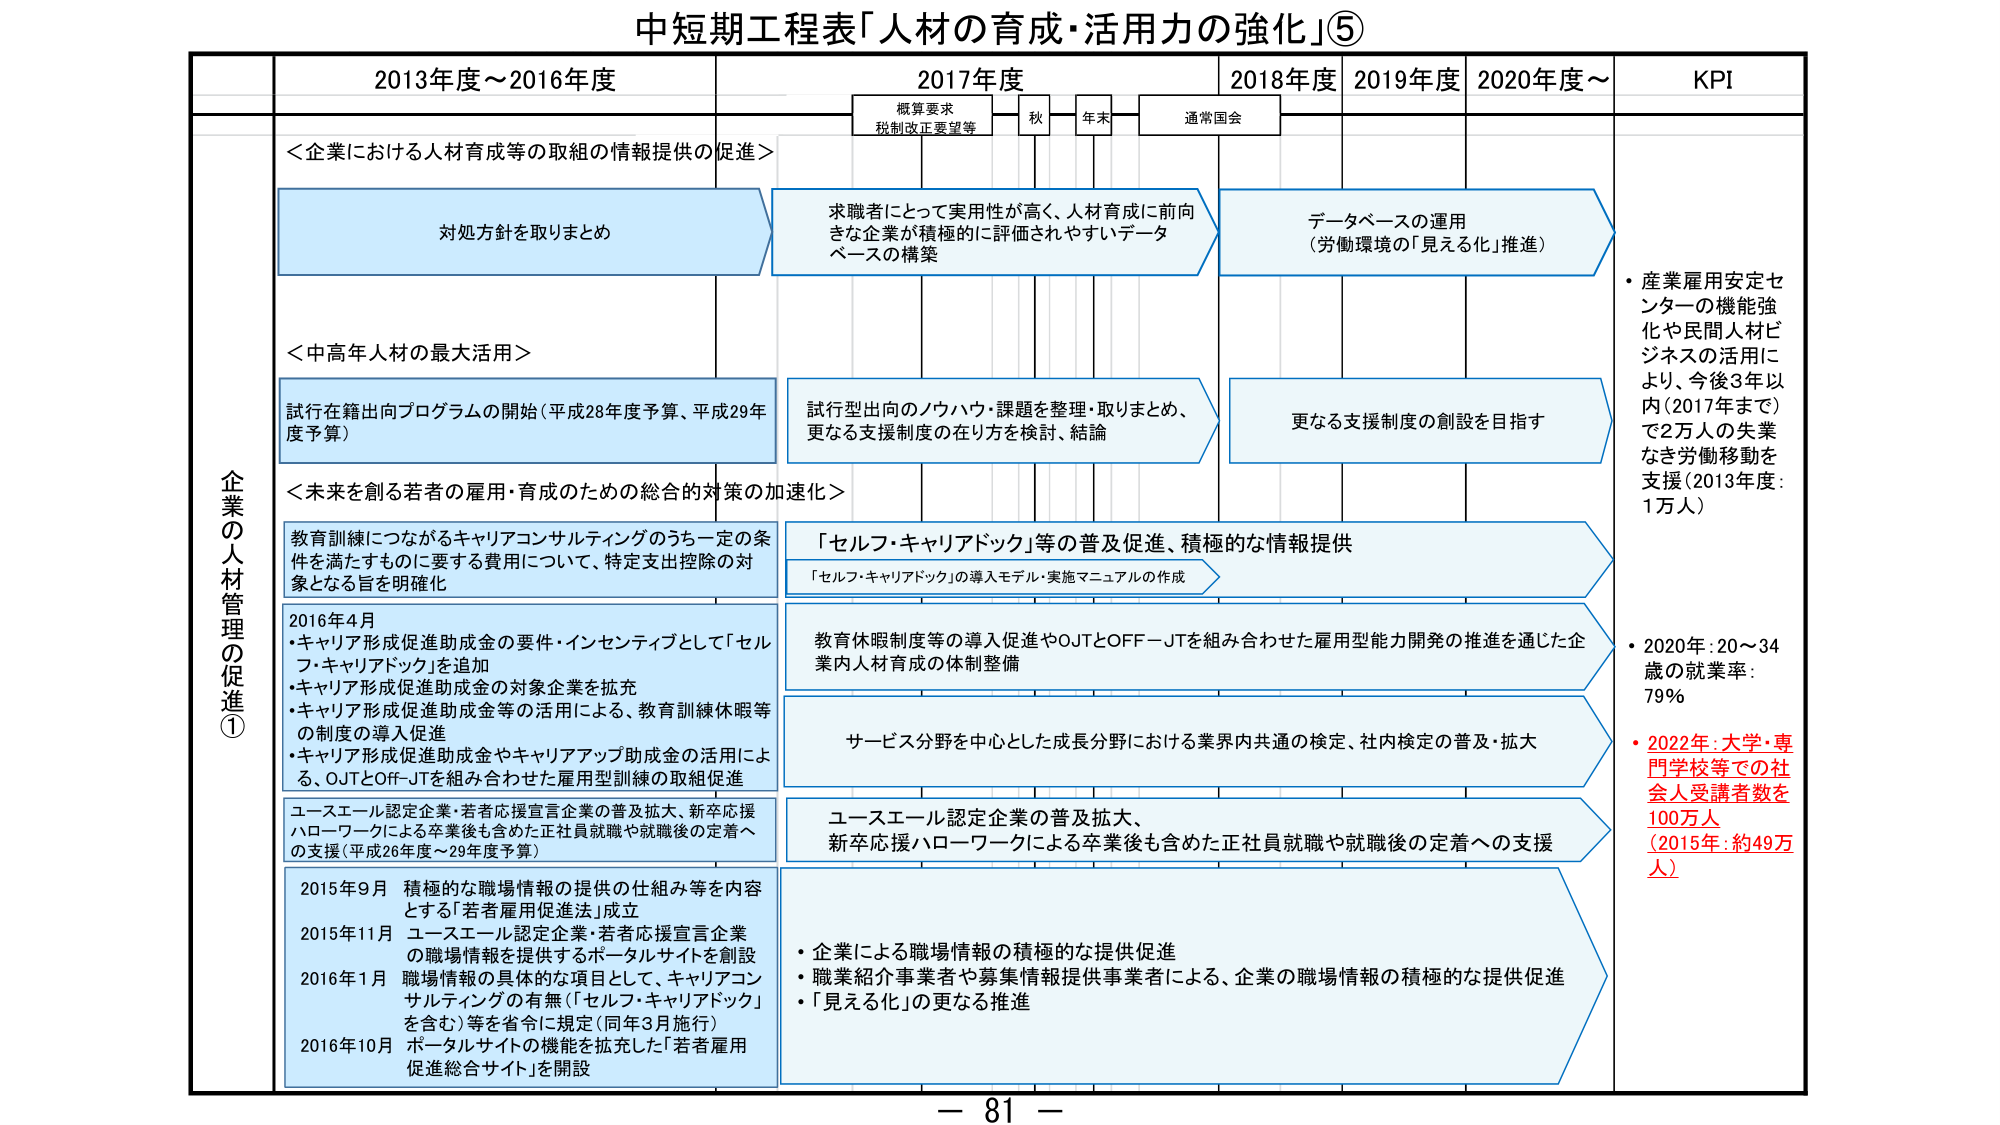
中短期工程表「人材の育成・活用力の強化」⑤

2013年度～2016年度
2017年度
2018年度
2019年度
2020年度～
KPI

概算要求
税制改正要望等
秋
年末
通常国会

企業の人材管理の促進①

＜企業における人材育成等の取組の情報提供の促進＞
対処方針を取りまとめ
求職者にとって実用性が高く、人材育成に前向きな企業が積極的に評価されやすいデータベースの構築
データベースの運用
（労働環境の「見える化」推進）

＜中高年人材の最大活用＞
試行在籍出向プログラムの開始（平成28年度予算、平成29年度予算）
試行型出向のノウハウ・課題を整理・取りまとめ、更なる支援制度の在り方を検討、結論
更なる支援制度の創設を目指す

＜未来を創る若者の雇用・育成のための総合的対策の加速化＞
教育訓練につながるキャリアコンサルティングのうち一定の条件を満たすものに要する費用について、特定支出控除の対象となる旨を明確化
「セルフ・キャリアドック」等の普及促進、積極的な情報提供
「セルフ・キャリアドック」の導入モデル・実施マニュアルの作成

2016年4月
・キャリア形成促進助成金の要件・インセンティブとして「セルフ・キャリアドック」を追加
・キャリア形成促進助成金の対象企業を拡充
・キャリア形成促進助成金等の活用による、教育訓練休暇等の制度の導入促進
・キャリア形成促進助成金やキャリアアップ助成金の活用による、OJTとOFF-JTを組み合わせた雇用型訓練の取組促進
教育休暇制度等の導入促進やOJTとOFF-JTを組み合わせた雇用型能力開発の推進を通じた企業内人材育成の体制整備

ユースエール認定企業・若者応援宣言企業の普及拡大、新卒応援ハローワークによる卒業後も含めた正社員就職や就職後の定着への支援（平成26年度～29年度予算）
ユースエール認定企業の普及拡大、
新卒応援ハローワークによる卒業後も含めた正社員就職や就職後の定着への支援

2015年9月 積極的な職場情報の提供の仕組み等を内容とする「若者雇用促進法」成立
2015年11月 ユースエール認定企業・若者応援宣言企業の職場情報を提供するポータルサイトを創設
2016年1月 職場情報の具体的な項目として、キャリアコンサルティングの有無（「セルフ・キャリアドック」を含む）等を省令に規定（同年3月施行）
2016年10月 ポータルサイトの機能を拡充した「若者雇用促進総合サイト」を開設
サービス分野を中心とした成長分野における業界内共通の検定、社内検定の普及・拡大

・企業による職場情報の積極的な提供促進
・職業紹介事業者や募集情報提供事業者による、企業の職場情報の積極的な提供促進
・「見える化」の更なる推進

・産業雇用安定センターの機能強化や民間人材ビジネスの活用により、今後3年以内（2017年まで）で2万人の失業なき労働移動を支援（2013年度：1万人）
・2020年：20～34歳の就業率：79％
・2022年：大学・専門学校等での社会人受講者数を100万人（2015年：約49万人）

ー 81 ー